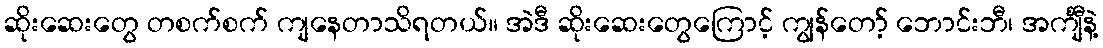
ဆိုးဆေးတွေ တစက်စက် ကျနေတာသိရတယ်။ အဲဒီ ဆိုးဆေးတွေကြောင့် ကျွန်တော့် ဘောင်းဘီ၊ အင်္ကျီနဲ့